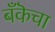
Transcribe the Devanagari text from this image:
बँकॆचा